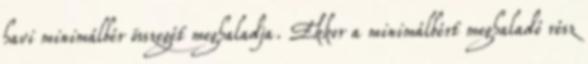
havi minimálbér összegét meghaladja. Ekkor a minimálbért meghaladó rész